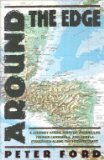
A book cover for Around the Edge; Peter Ford; Travel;